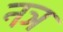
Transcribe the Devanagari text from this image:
नञ